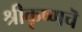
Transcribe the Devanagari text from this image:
श्रीकृष्णचॆ